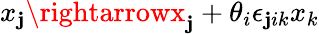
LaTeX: x_{\mathbf{j}}\rightarrowx_{\mathbf{j}}+\theta_{i}\epsilon_{\mathbf{j}ik}x_{k}